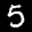
Label: 5